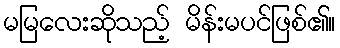
မမြလေးဆိုသည့် မိန်းမပင်ဖြစ်၏။